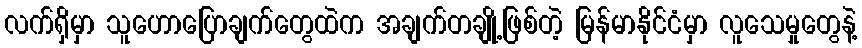
လက်ရှိမှာ သူဟောပြောချက်တွေထဲက အချက်တချို့ဖြစ်တဲ့ မြန်မာနိုင်ငံမှာ လူသေမှုတွေနဲ့